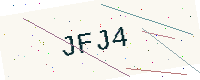
Text: JFJ4